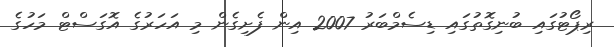
ރިޕޯޓުގައި ބުނިގޮތުގައި ޑިސެމްބަރު 2007 އިން ފެށިގެން މި އަހަރުގެ އޮގަސްޓް މަހުގެ